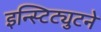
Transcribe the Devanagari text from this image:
इन्स्टिट्युटने